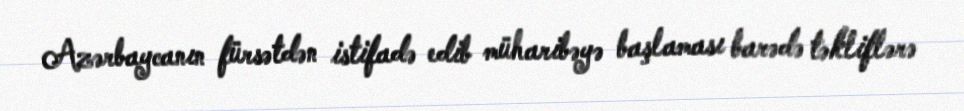
Azərbaycanın fürsətdən istifadə edib müharibəyə başlaması barədə təkliflərə